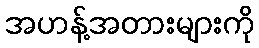
အဟန့်အတားများကို